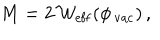
M = 2 \, { \cal W } _ { \mathrm { e f f } } ( \phi _ { \, \mathrm { v a c } } ) \, ,